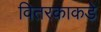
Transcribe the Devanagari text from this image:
वितरकाकडे